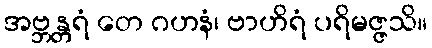
အဗ္ဘန္တရံ တေ ဂဟနံ၊ ဗာဟိရံ ပရိမဇ္ဇသိ။